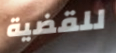
للقضية